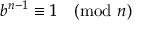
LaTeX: b ^ { n - 1 } \equiv 1 { \pmod { n } }